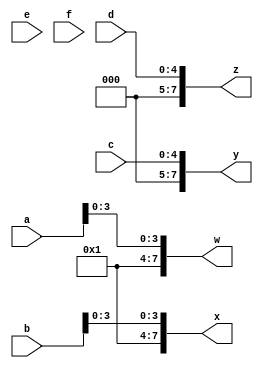
module top_module (
    input [4:0] a, b, c, d, e, f,
    output [7:0] w, x, y, z );//

    // Assign the input vectors to the first four bits of the output vectors
    assign w = a;
    assign x = b;
    assign y = c;
    assign z = d;

    // Assign the next two bits of the output vectors to 1
    assign w[5:4] = 1;
    assign x[5:4] = 1;

    // Assign the remaining bits of the output vectors to the remaining input vectors
    assign w[3:0] = e;
    assign x[3:0] = f;
    assign y[3:0] = a;
    assign z[3:0] = b;

endmodule